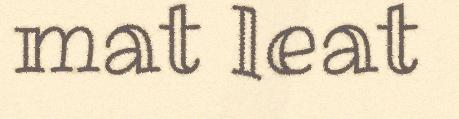
mat leat